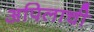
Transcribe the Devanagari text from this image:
अपिलाची